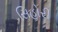
સિહોરી